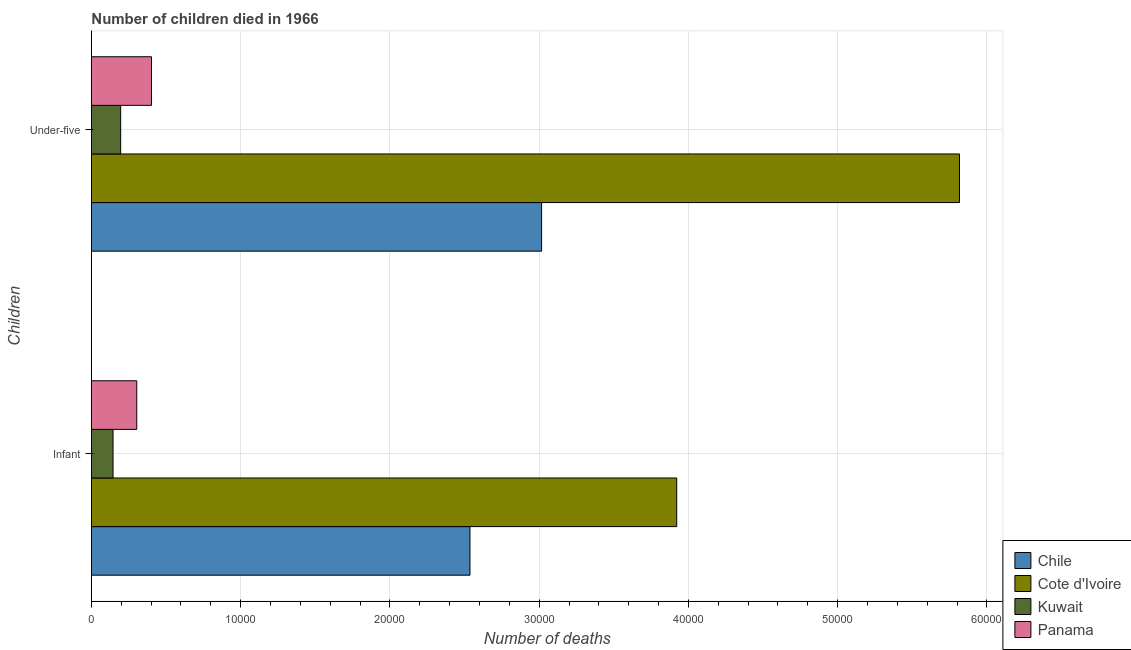
| Children | Chile | Cote d'Ivoire | Kuwait | Panama |
 | --- | --- | --- | --- | --- |
 | Infant | 2.54e+04 | 3.92e+04 | 1.45e+03 | 3.04e+03 |
 | Under-five | 3.02e+04 | 5.82e+04 | 1.96e+03 | 4.02e+03 |